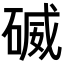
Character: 𥔃